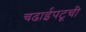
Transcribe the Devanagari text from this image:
चढाईपटूची